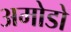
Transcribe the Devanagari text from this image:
अमोडो